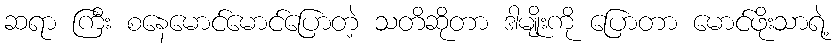
ဆရာ ကြီး စနေမောင်မောင်ပြောတဲ့ သတိဆိုတာ ဒါမျိုးကို ပြောတာ မောင်ဖိုးသာရဲ့